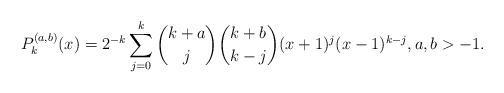
LaTeX: \begin{align*}P_{k}^{(a,b)}(x)=2^{-k}\sum_{j=0}^{k}\binom{k+a}{j}\binom{k+b}{k-j}(x+1)^{j}(x-1)^{k-j},a,b>-1. \end{align*}